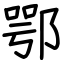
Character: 鄂